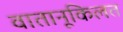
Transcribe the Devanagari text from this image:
वातानूकिलत